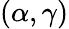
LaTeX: (\alpha,\gamma)